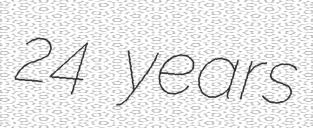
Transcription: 24 years